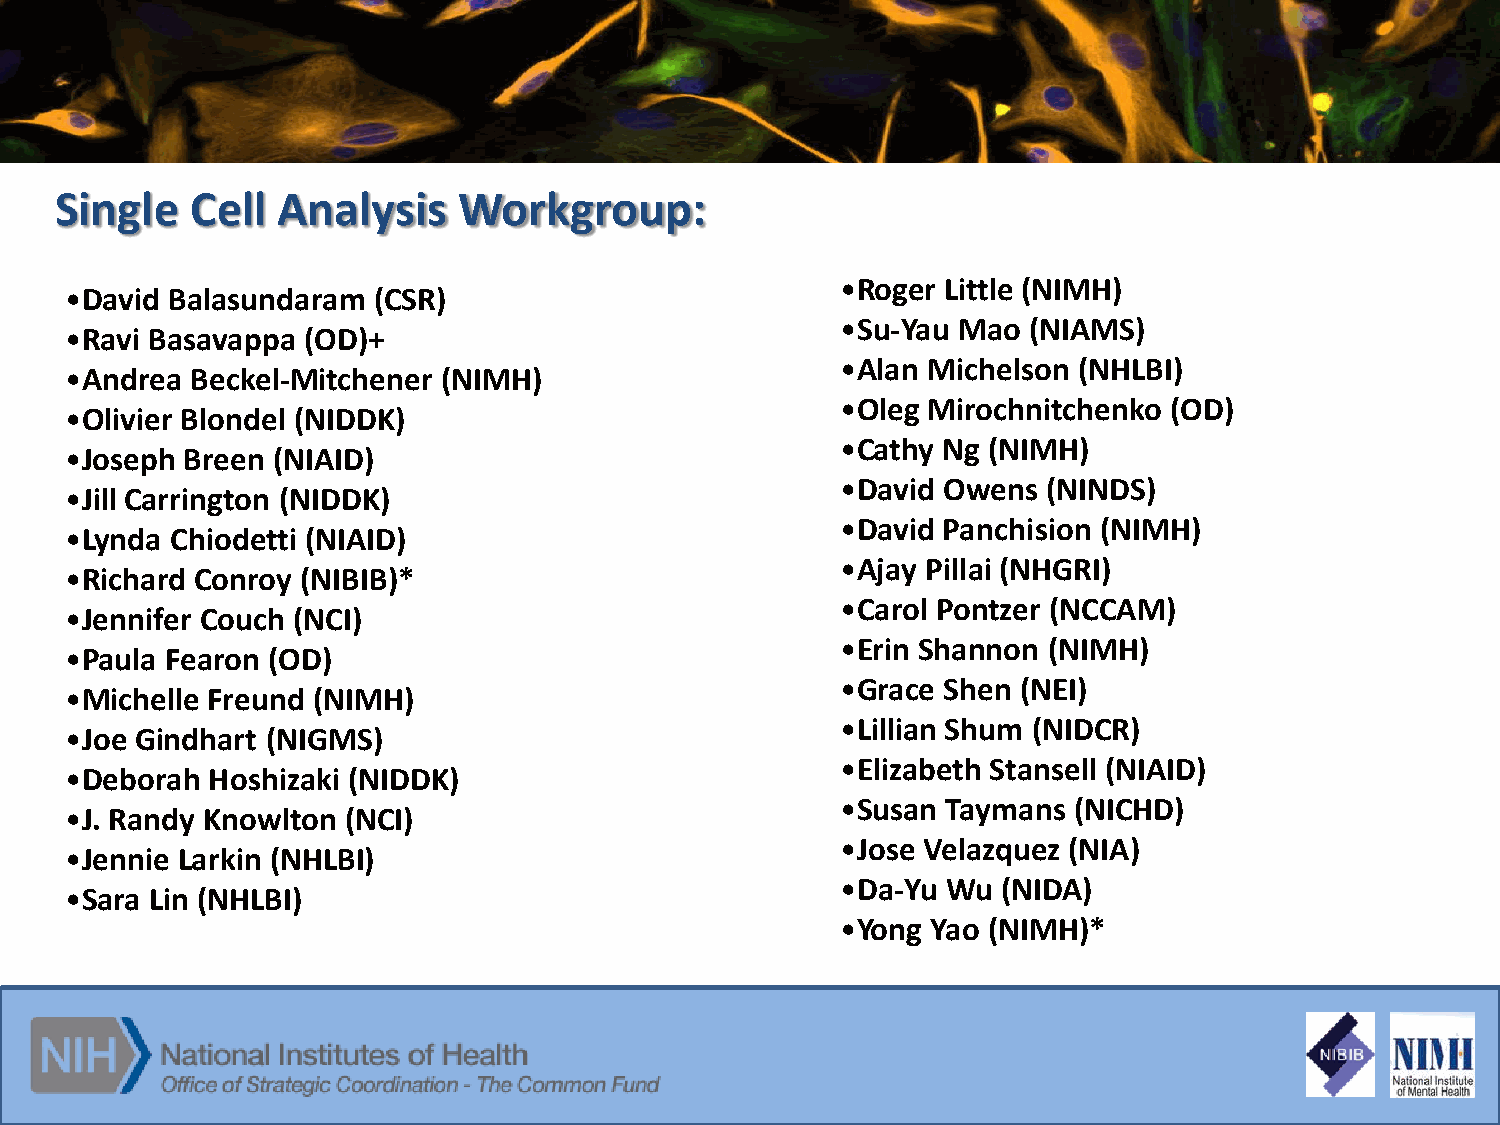
Single   Cell Analysis    Workgroup:
 •Roger Little (NIMH)
 •David Balasundaram  (CSR)
 •Su-Yau Mao (NIAMS)
 •Ravi Basavappa (OD)+
 •Alan Michelson (NHLBI)
 •Andrea  Beckel-Mitchener (NIMH)
 •Oleg Mirochnitchenko (OD)
 •Olivier Blondel (NIDDK)
 •Cathy Ng (NIMH)
 •Joseph Breen (NIAID)
 •David Owens (NINDS)
 •Jill Carrington (NIDDK)
 •David Panchision (NIMH)
 •Lynda Chiodetti (NIAID)
 •Ajay Pillai (NHGRI)
 •Richard Conroy (NIBIB)*
 •Carol Pontzer (NCCAM)
 •Jennifer Couch (NCI)
 •Erin Shannon (NIMH)
 •Paula Fearon (OD)
 •Grace Shen (NEI)
 •Michelle Freund (NIMH)
 •Lillian Shum (NIDCR)
 •Joe Gindhart (NIGMS)
 •Elizabeth Stansell (NIAID)
 •Deborah  Hoshizaki (NIDDK)
 •Susan Taymans (NICHD)
 •J. Randy Knowlton (NCI)
 •Jose Velazquez (NIA)
 •Jennie Larkin (NHLBI)
 •Da-Yu Wu (NIDA)
 •Sara Lin (NHLBI)
 •Yong Yao (NIMH)*